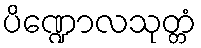
ပိဏ္ဍောလသုတ္တံ